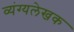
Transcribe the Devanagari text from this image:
व्यंग्यलेखक